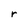
Character: r